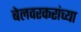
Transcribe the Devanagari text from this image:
बेलवरकरांच्या